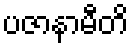
ပဇာနာမီတိ